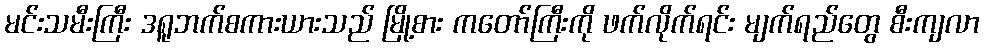
မင်းသမီးကြီး ဒရူဘက်စကားယားသည် မြို့စား ကတော်ကြီးကို ဖက်လိုက်ရင်း မျက်ရည်တွေ စီးကျလာ